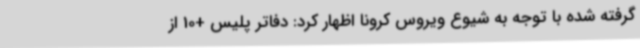
گرفته شده با توجه به شیوع ویروس کرونا اظهار کرد: دفاتر پلیس +10 از